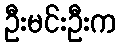
ဦးမင်းဦးက